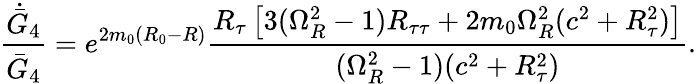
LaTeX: {\frac{\dot{\bar{G}}_{4}}{\bar{G}_{4}}}=e^{2m_{0}(R_{0}-R)}{\frac{R_{\tau}\left[3(\Omega_{R}^{2}-1)R_{\tau\tau}+2m_{0}\Omega_{R}^{2}(c^{2}+R_{\tau}^{2})\right]}{(\Omega_{R}^{2}-1)(c^{2}+R_{\tau}^{2})}}.